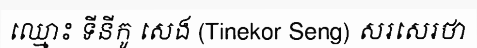
ឈ្មោះ ទីនីកូ សេង (Tinekor Seng) សរសេរថា